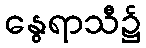
နွေရာသီ၌